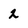
Character: 2